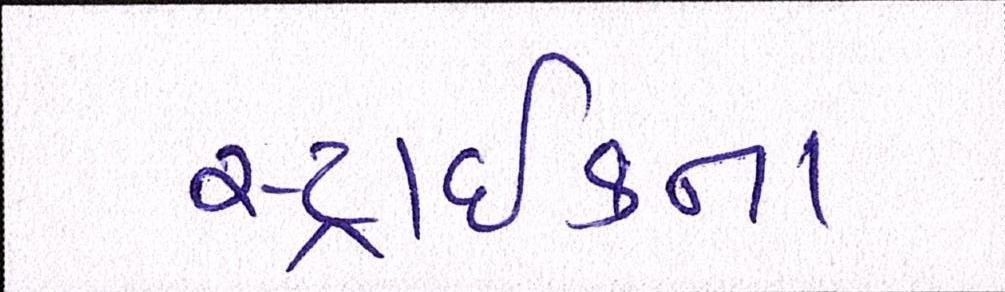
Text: સ્ટ્રાઈકના